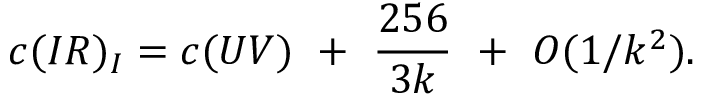
c ( I R ) _ { I } = c ( U V ) ~ + ~ { \frac { 2 5 6 } { 3 k } } ~ + ~ { \cal O } ( 1 / k ^ { 2 } ) .